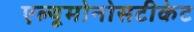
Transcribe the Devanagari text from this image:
एल्यूमोनोसटीकेट